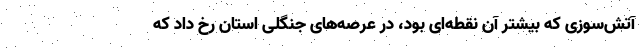
آتش‌سوزی که بیشتر آن نقطه‌ای بود، در عرصه‌های جنگلی استان رخ داد که